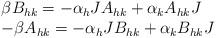
LaTeX: \begin{align*}\begin{array}{l}\beta B_{hk}=-\alpha_h J A_{hk}+\alpha_k A_{hk}J \\-\beta A_{hk}=-\alpha_h J B_{hk}+\alpha_k B_{hk}J\end{array} \end{align*}